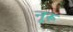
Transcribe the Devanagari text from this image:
नूरू